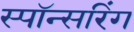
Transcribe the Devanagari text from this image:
स्पॉन्सरिंग